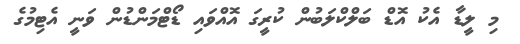
މި ލީޑާ އެކު އޮޑް ބަލްކްލަބުން ކުރީގަ އޮއްވައި ޑޯޓްމަންޑުން ވަނީ އެޓިމުގެ